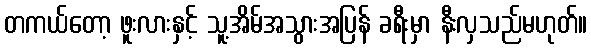
တကယ်တော့ ဖူးလားနှင့် သူ့အိမ်အသွားအပြန် ခရီးမှာ နီးလှသည်မဟုတ်။